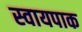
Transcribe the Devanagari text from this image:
स्वायपाक